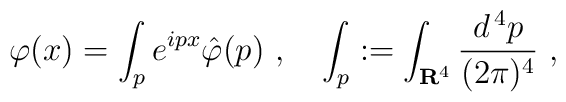
\varphi (x) = \int_{p} e^{ipx} \hat \varphi (p) \ , \quad \int_{p} := \int_{\mathbf{R}^4} \frac{d^{\,4} p}{(2\pi)^4}  \ ,